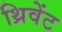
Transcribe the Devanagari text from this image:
थ्रिवेंट